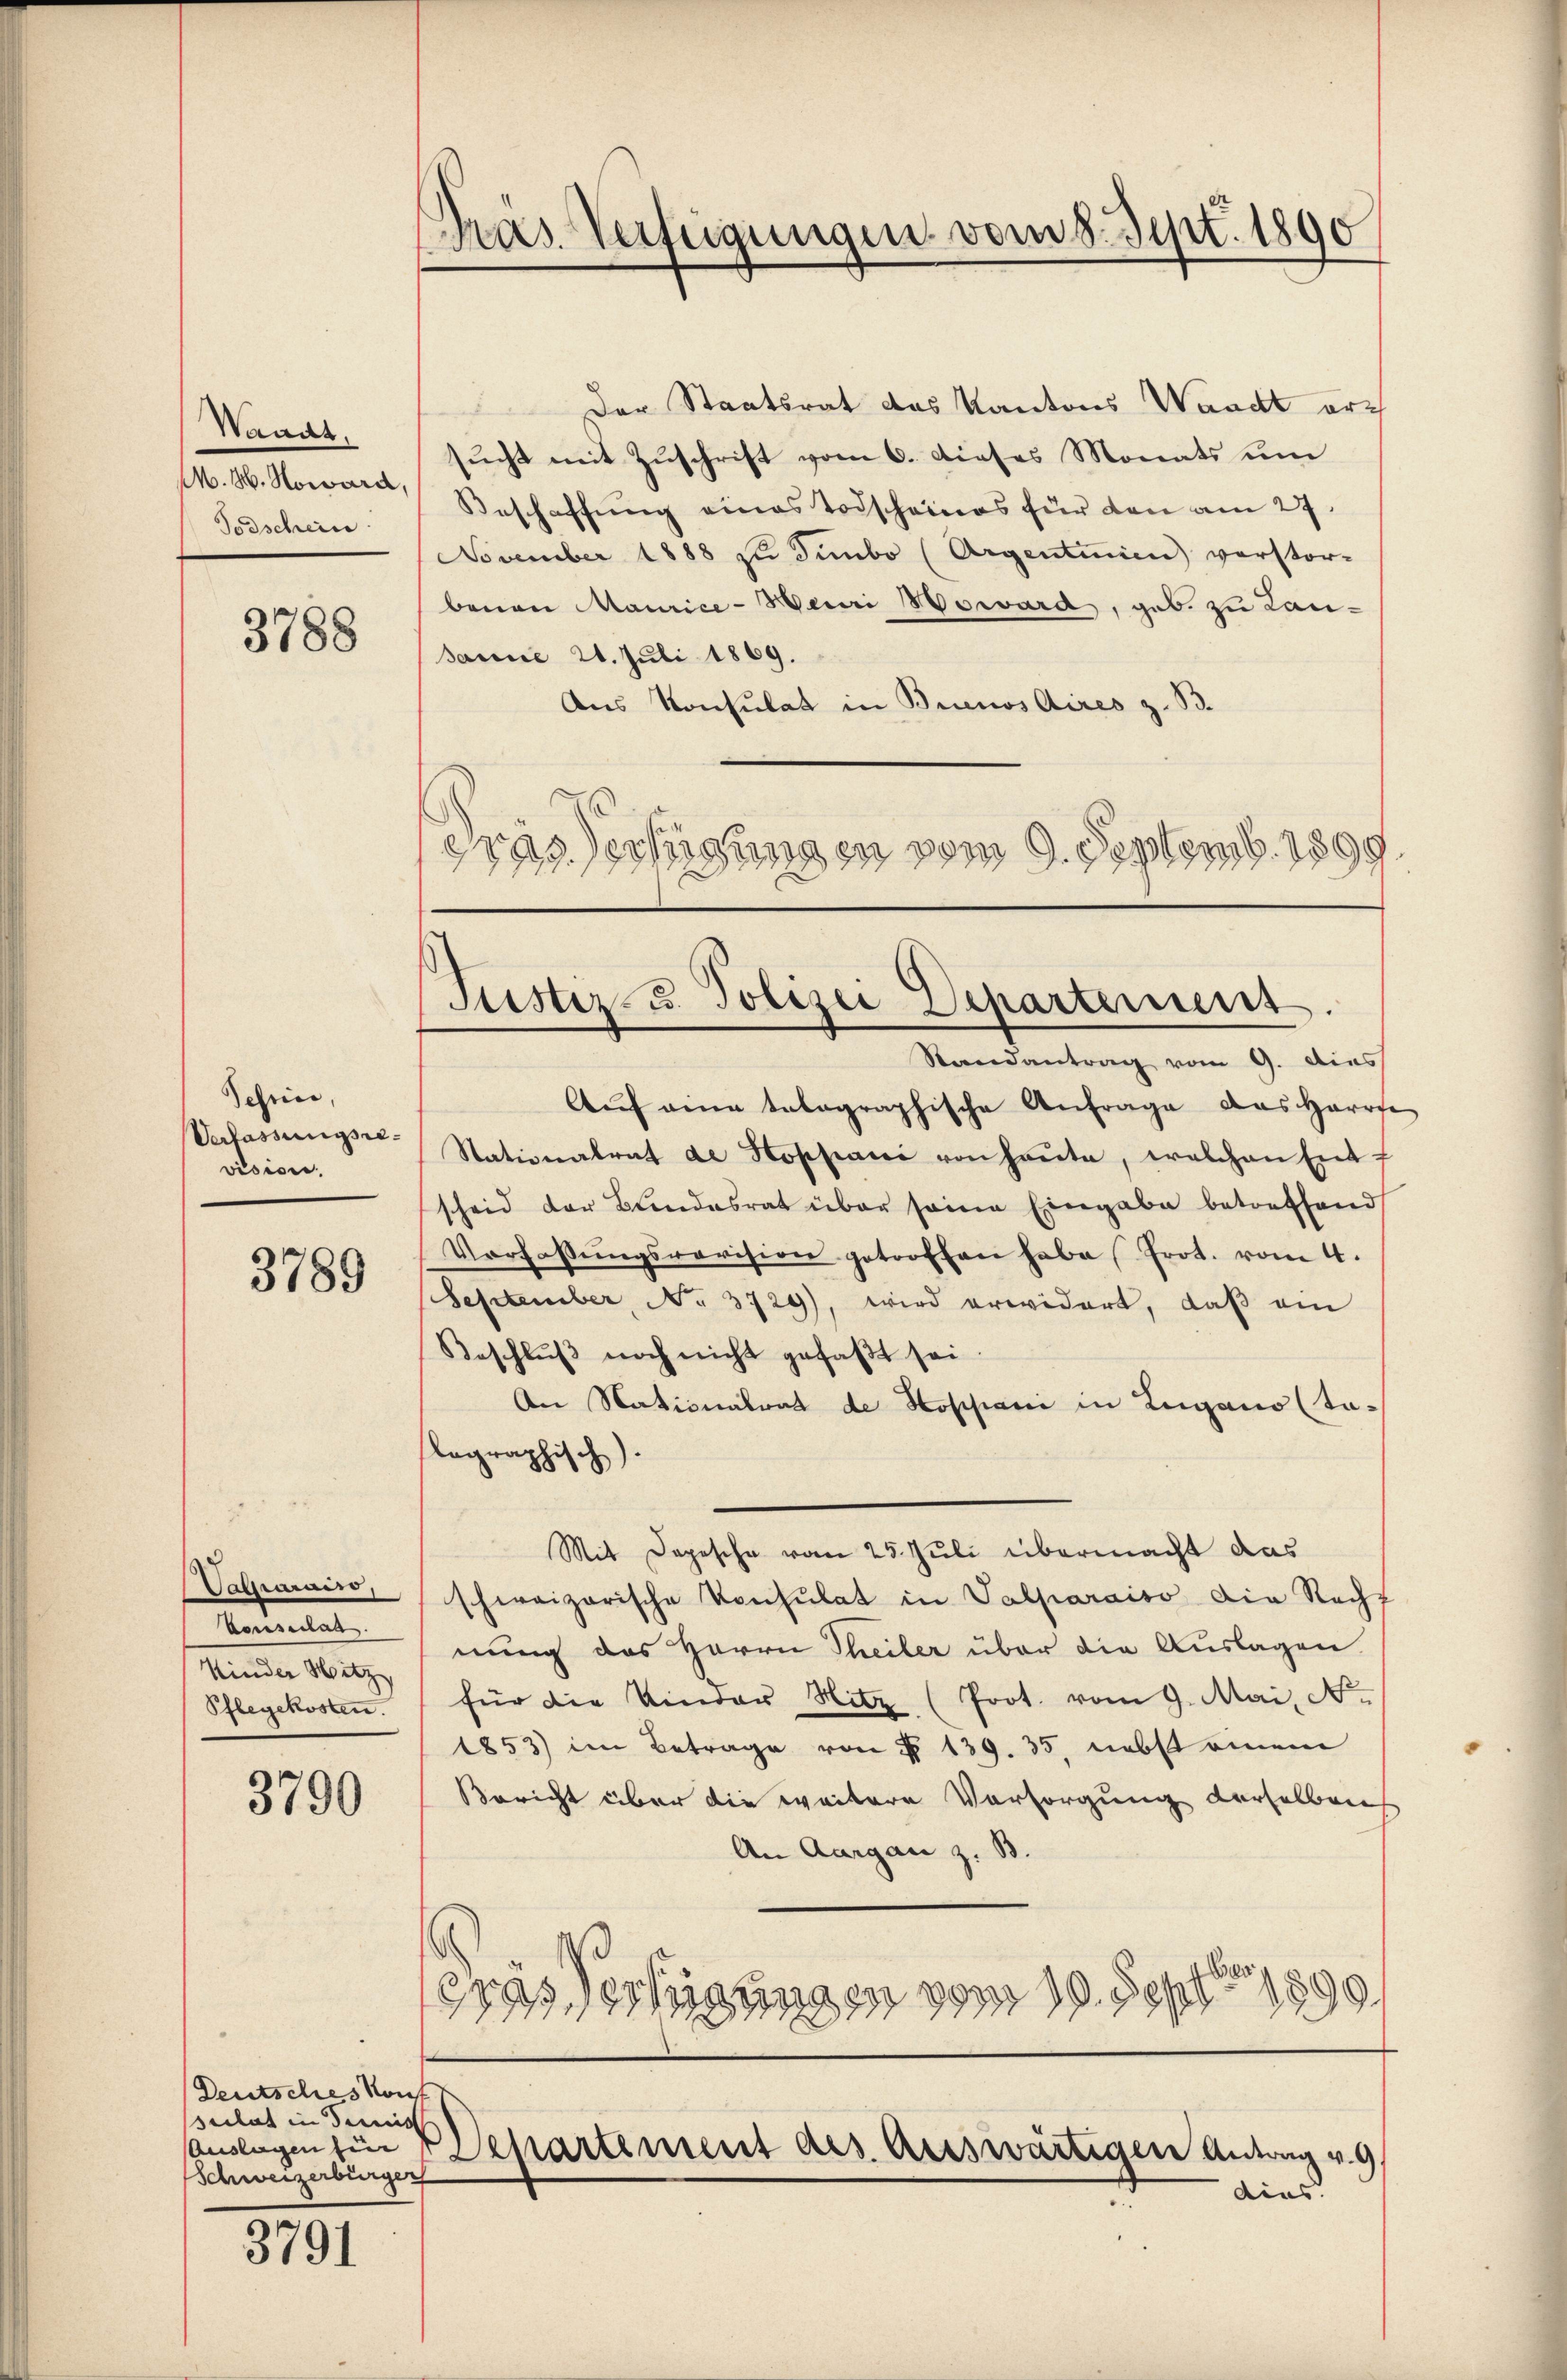
Waadt.
Todschein

3788

Schein,
Verfassungsrevision.

3789

Valhiarais,
Vousical
Kinder Wetz
Pflegekosten.

3790

Deutsches Konf
sulat in demis
Schweizerbürger

3791

Gras Verfügungen vom 8. Sept. 1890

Der Staatsrat das Kantons Waadt arch
sucht mit Zuschrift vom 6. dieses Monats um
M. 4. Nowann Beschaffŭng eines Todscheines für den am 27.
November 1888 zu Sinbo (Argentinien) verstor-
benen Maurice-Meuri Noward, geb. zu Lan¬
Janne 21. Juli 1869.
Aus Konsulat in Buenos Aires z. B.
gras Verfügungen vom 9. Septemb. 1899

(Justiz- u. Polizei Departement.
Randantrag vom 9. dies

Auslagen für 5 Departement des Auswärtigen Antrag v. 9
dies

Aŭf eine talographische Anfrage das Harrse
Stationalrat de Hoppani von heute, welchen Entf
scheid der Bundesrat über seine Eingabe betreffend
Verfassŭngsrevision getroffen habe Prot. vom 4.
September, No. 3729), wird erwidert, daβ ein
Beschlŭβ noch nicht gefaβt sei
An Nationalrat de Hospani in Zugano (ta-
lographisch).
Mit Depesche vom 25. Juli übermacht das
schweizerische Konsulat in Valparaiso die Recht
nung des Herrn Theiler über die Auslagen
für die Kinder Hitz (Prot. vom 9. Mai. N
1853) im Betrage von § 139. 35, nebst einem
Bericht über die weitere Vorsorgung derselben
An Aargau z. B.
b
Grassertigungen vom 19. Sept 1890